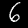
Label: 6